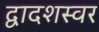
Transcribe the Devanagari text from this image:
द्वादशस्वर